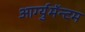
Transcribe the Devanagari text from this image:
आर्ग्युमॅन्टम